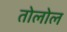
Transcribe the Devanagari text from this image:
तोलोल